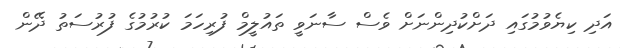
އަދި ކިޔެވުމުގައި ދަށްކުދިންނަށް ވެސް ސާނަވީ ތައުލީމް ފުރިހަމަ ކުރުމުގެ ފުރުސަތު ދޭން